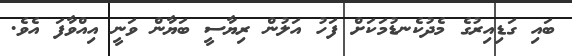
ބައި ގަޑިއިރުގެ މެދުކެނޑުމަކަށް ފަހު އަލުން ރިޔާސީ ބަޔާން ވަނީ އިއްވާފަ އެވެ.